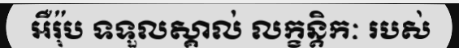
អឺរ៉ុប ទទួលស្គាល់ លក្ខន្តិកៈ របស់